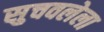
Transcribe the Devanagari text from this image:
सुचवलेला